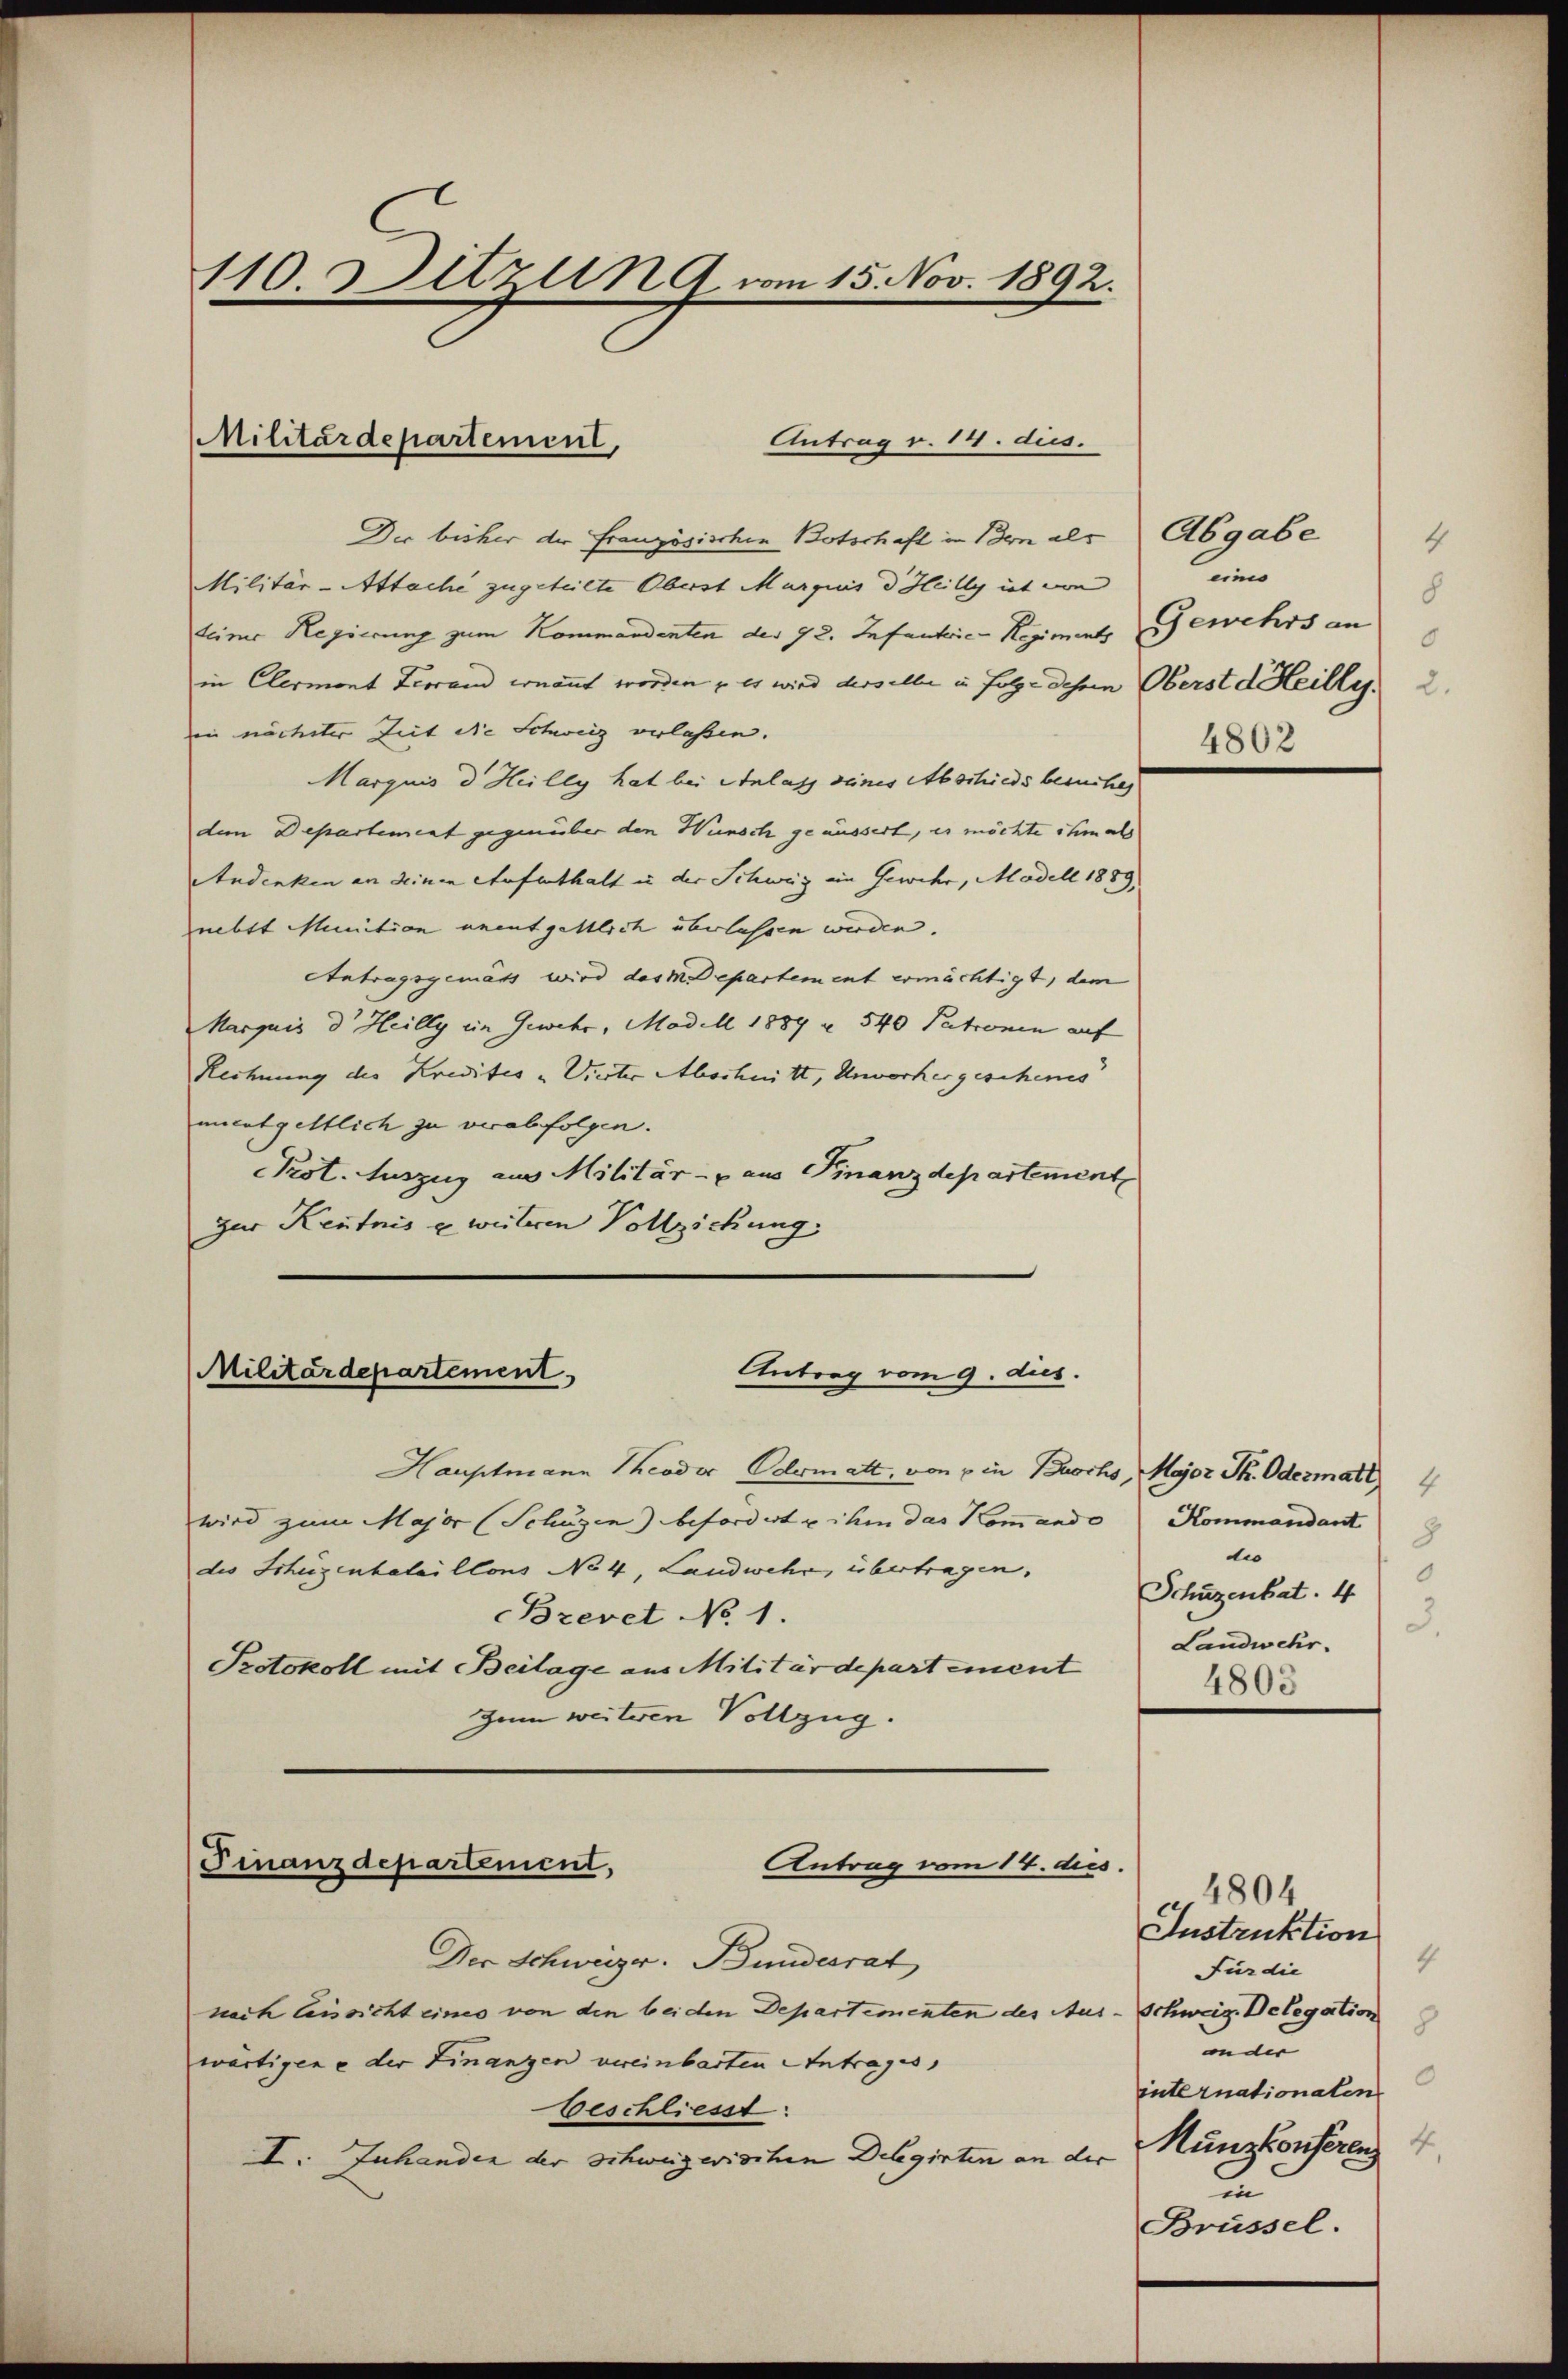
110. Setzung vom 15. Nov. 1892.

Militärdepartement,
Antrag v. 14. dies.

Die bisher der Französischen Botschaft in Bon als
Militär-Attache zugeteilte Oberst Marquis d Heilly ist von
teimer Regierung zum Kommandenten der 92. Infanterie Regiments
in Clermont Ferrand ernannt worden u es wird derselbe in folge dehnen Oberst d. Heilles. 2
in nächster Zeit die Schweiz verlaßen.
Marquis d. Heilly hat bei Anlass seines Abschieds besuche,
dem Departement gegenüber den Wunsch geäussert, es möchte ihm als
Andenken an deinen Aufenthalt in der Schweiz ein Gewehr, Madell 1889.
nebst Munition unentgeltlich überlassen werden.
Antragsgemäss wird das Departement ermächtigt, dem
Marquis der Heilly im Gewehr, Madill 1889 u. 540 Patronen auf
Rechnung des Kredites „Vierter Abschnitt, Unvorhergeschens
mcatgeltlich zu verabfolgen.
Pot. Auszug aus Militär- u aus Finanzdepartement
zur Kentnis u weiteren Vollziehung

Militärdepartement
Antrag vom 9. dus.

Hauptmann Theodor Odermatt, von in Bochs, Major St. Odermatt 1
wird zum Major (Schüzen) befordert u ihm das Kommando Kommandant
des Schüzenbataillons No 4, Landwehr, übertragen.
Brevet No 1.
Protokoll mit Beilage aus Militärdepartement
Zum weiteren Vollzug.
Finanzdepartement,
Antrag vom 14. dies.
Der Schweizer. Bundesrat
nach leissicht eines von den beiden Departementen des Aus- Schweig. Delegation
wärtigene der Finanzen vereinbarten Antrages,
beschliesst:
I. Inhanden der Schweizerischen Delegirten an der

Abgabe
4
eine
8
Gewehrs an
8
4802

8
di
Schüzenbat. 4
3.
Landwehr.
4803

4804
Instruktion
4
Für die
8
ander
0
internationalen
Münzkonferenz
d
Brüssel.